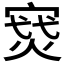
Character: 𪧝